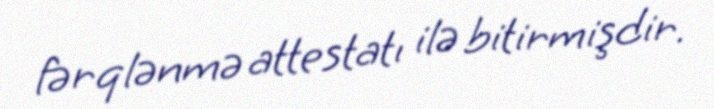
fərqlənmə attestatı ilə bitirmişdir.